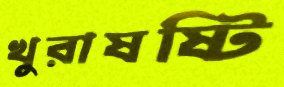
খুরাষষ্টি